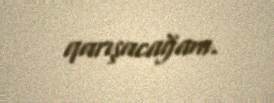
qarışacağam.